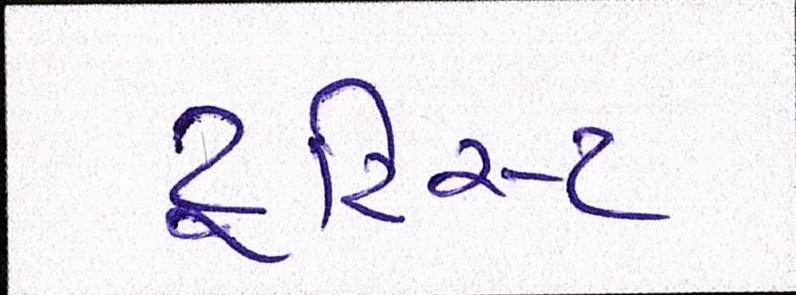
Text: ટૂરિસ્ટ